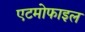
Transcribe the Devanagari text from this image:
एटमोफाइल